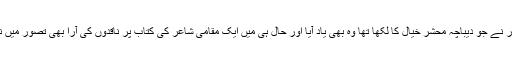
آلِ احمد سرور نے جو دیباچہ محشرِ خیال کا لکھا تھا وہ بھی یاد آیا اور حال ہی میں ایک مقامی شاعر کی کتاب پر ناقدوں کی آرا بھی تصور میں ناچ ناچ گئیں۔